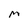
Character: m